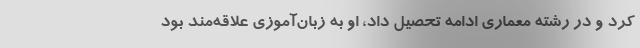
کرد و در رشته معماری ادامه تحصیل داد، او به زبان‌آموزی علاقه‌مند بود